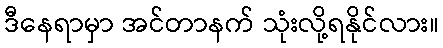
ဒီနေရာမှာ အင်တာနက် သုံးလို့ရနိုင်လား။